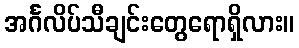
အင်္ဂလိပ်သီချင်းတွေရောရှိလား။